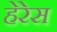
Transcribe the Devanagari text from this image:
हेरेस